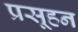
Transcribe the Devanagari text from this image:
प्रसूहन